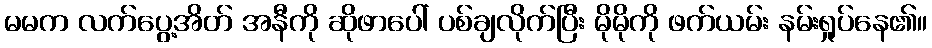
မမက လက်ပွေ့အိတ် အနီကို ဆိုဖာပေါ် ပစ်ချလိုက်ပြီး မိုမိုကို ဖက်ယမ်း နမ်းရှုပ်နေ၏။